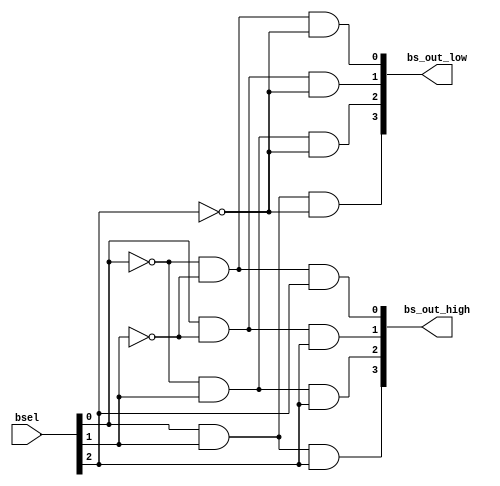
// Copyright (C) 1991-2013 Altera Corporation
// Your use of Altera Corporation's design tools, logic functions 
// and other software and tools, and its AMPP partner logic 
// functions, and any output files from any of the foregoing 
// (including device programming or simulation files), and any 
// associated documentation or information are expressly subject 
// to the terms and conditions of the Altera Program License 
// Subscription Agreement, Altera MegaCore Function License 
// Agreement, or other applicable license agreement, including, 
// without limitation, that your use is for the sole purpose of 
// programming logic devices manufactured by Altera and sold by 
// Altera or its authorized distributors.  Please refer to the 
// applicable agreement for further details.

// PROGRAM		"Quartus II 64-Bit"
// VERSION		"Version 13.0.1 Build 232 06/12/2013 Service Pack 1 SJ Web Edition"
// CREATED		"Mon Oct 13 12:21:31 2014"

module alu_bit_select(
	bsel,
	bs_out_high,
	bs_out_low
);


input wire	[2:0] bsel;
output wire	[3:0] bs_out_high;
output wire	[3:0] bs_out_low;

wire	[3:0] bs_out_high_ALTERA_SYNTHESIZED;
wire	[3:0] bs_out_low_ALTERA_SYNTHESIZED;
wire	SYNTHESIZED_WIRE_12;
wire	SYNTHESIZED_WIRE_13;
wire	SYNTHESIZED_WIRE_14;




assign	bs_out_low_ALTERA_SYNTHESIZED[0] = SYNTHESIZED_WIRE_12 & SYNTHESIZED_WIRE_13 & SYNTHESIZED_WIRE_14;

assign	bs_out_low_ALTERA_SYNTHESIZED[1] = bsel[0] & SYNTHESIZED_WIRE_13 & SYNTHESIZED_WIRE_14;

assign	bs_out_low_ALTERA_SYNTHESIZED[2] = SYNTHESIZED_WIRE_12 & bsel[1] & SYNTHESIZED_WIRE_14;

assign	bs_out_low_ALTERA_SYNTHESIZED[3] = bsel[0] & bsel[1] & SYNTHESIZED_WIRE_14;

assign	bs_out_high_ALTERA_SYNTHESIZED[0] = SYNTHESIZED_WIRE_12 & SYNTHESIZED_WIRE_13 & bsel[2];

assign	bs_out_high_ALTERA_SYNTHESIZED[1] = bsel[0] & SYNTHESIZED_WIRE_13 & bsel[2];

assign	bs_out_high_ALTERA_SYNTHESIZED[2] = SYNTHESIZED_WIRE_12 & bsel[1] & bsel[2];

assign	bs_out_high_ALTERA_SYNTHESIZED[3] = bsel[0] & bsel[1] & bsel[2];

assign	SYNTHESIZED_WIRE_12 =  ~bsel[0];

assign	SYNTHESIZED_WIRE_13 =  ~bsel[1];

assign	SYNTHESIZED_WIRE_14 =  ~bsel[2];

assign	bs_out_high = bs_out_high_ALTERA_SYNTHESIZED;
assign	bs_out_low = bs_out_low_ALTERA_SYNTHESIZED;

endmodule